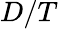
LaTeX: D/T